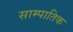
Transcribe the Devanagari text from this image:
साम्पातिक